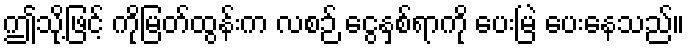
ဤသို့ဖြင့် ကိုမြတ်ထွန်းက လစဉ် ငွေနှစ်ရာကို ပေးမြဲ ပေးနေသည်။